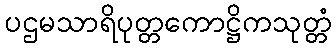
ပဌမသာရိပုတ္တကောဋ္ဌိကသုတ္တံ